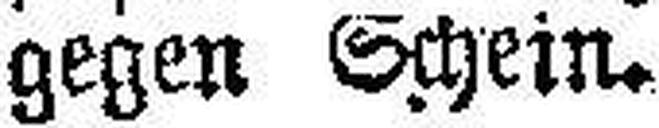
gegen Schein.